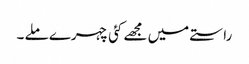
راستے میں مجھے کئی چہرے ملے ۔